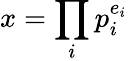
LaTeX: x=\prod_{i}p_{i}^{e_{i}}